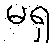
မရှ